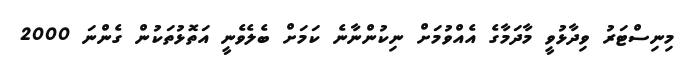
މިނިސްޓަރު ވިދާޅުވީ މާދަމާގެ އެއްވުމަަށް ނިކުންނާނެ ކަމަށް ބެލެވެނީ އަތޮޅުތަކުން ގެންނަ 2000